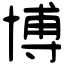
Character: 博